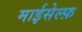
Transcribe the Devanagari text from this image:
माईसेल्फ़